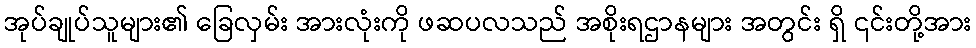
အုပ်ချုပ်သူများ၏ ခြေလှမ်း အားလုံးကို ဖဆပလသည် အစိုးရဌာနများ အတွင်း ရှိ ၎င်းတို့အား